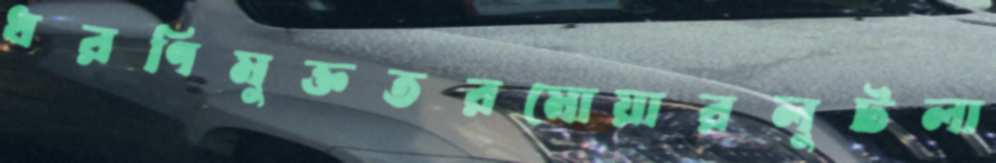
ধরণিমুক্ততরমোয়ারলুটলা